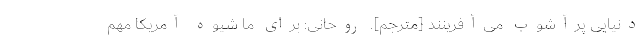
دنیایی پرآشوب می‌آفرینند [مترجم]. روحانی: برای ما شیوه آمریکا مهم